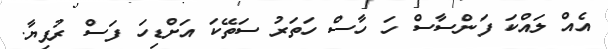
އެއް ލައްކަ ފަންސާސް ހަ ހާސް ހަތަރު ސަތޭކަ އަށްޑިހަ ފަސް ރުފިޔާ.